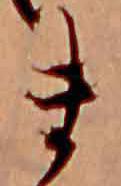
ま